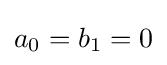
a_{0}=b_{1}=0